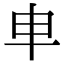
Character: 𠦆